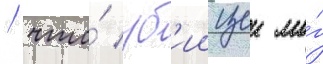
/ что́ уб'иицеи мо́г